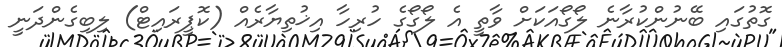
ގޮތުގައި ބޭނުންކުރާނެ ލޯގޯއަކަށް ވާތީ އެ ލޯގޯގެ ހުރިހާ އިޚުތިޔާރެއް (ކޮޕީރައިޓް) ލިބިގެންދަނީ